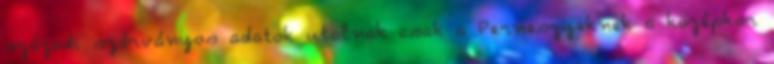
századi szórványos adatok utalnak csak a Perneszyeknek a középkor